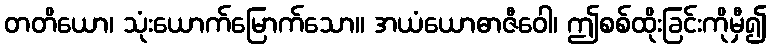
တတိယော၊ သုံးယောက်မြောက်သော။ အယံယောဓာဇီဝေါ၊ ဤစစ်ထိုးခြင်းကိုမှီ၍